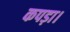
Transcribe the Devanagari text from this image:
कपड़ा।